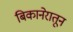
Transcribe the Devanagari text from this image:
बिकानेरातून